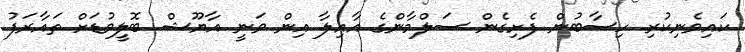
ކައިވެނިކުރި ހިސާބުން ފެށިގެން ސަލްމާންގެ އާއިލާ އިން ވަނީ އާޔޫޝް ބޮލީވުޑަށް ތައާރަފު